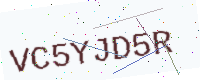
Text: VC5YJD5R